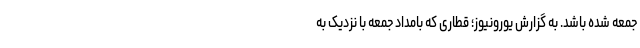
جمعه شده باشد. به گزارش یورونیوز؛ قطاری که بامداد جمعه با نزدیک به